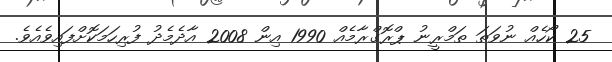
25 ކޯހެއް ނުވަތަ ތަމްރީނު ޕްރޮގްރާމެއް 1990 އިން 2008 އާދެމެދު ފުރިހަމަކޮށްފައިވެއެވެ.